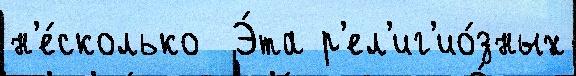
н'е́сколько  Э́та р'ел'иг'ио́зных